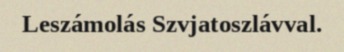
Leszámolás Szvjatoszlávval.